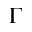
\Gamma